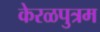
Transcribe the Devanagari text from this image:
केरळपुत्रम